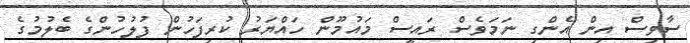
ސާވިސް އިން އެންގި ނަމަވެސް ރައީސް މައުމޫން ހައްޔަރު ކުރިފަހުން ފުލުހުންގެ ބެލުމުގެ